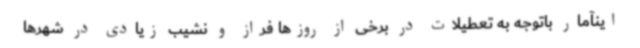
اینآمار باتوجه به تعطیلات در برخی از روزها فراز و نشیب زیادی در شهرها